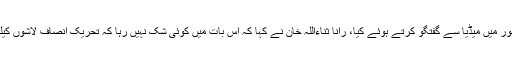
ان خیالات کا اظہار انہوں نے لاہور میں میڈیا سے گفتگو کرتے ہوئے کیا، رانا ثناءاللہ خان نے کہا کہ اس بات میں کوئی شک نہیں رہا کہ تحریک انصاف لاشوں کیلیے اسلام آباد بند کرنا چاہتی ہے۔